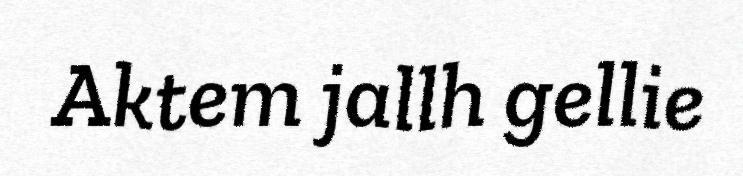
Aktem jallh gellie